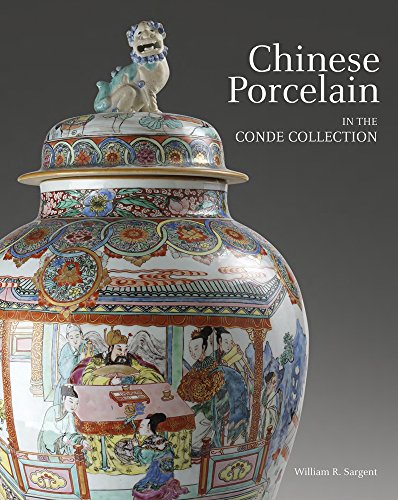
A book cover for Chinese Porcelain in the Conde Collection; William Sargent; Crafts, Hobbies & Home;